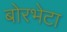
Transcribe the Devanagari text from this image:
बोरभेटा